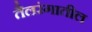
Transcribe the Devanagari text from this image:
तैलरंगातील